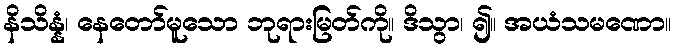
နိသိန္နံ၊ နေတော်မူသော ဘုရားမြတ်ကို။ ဒိသွာ၊ ၍။ အယံသမဏော။